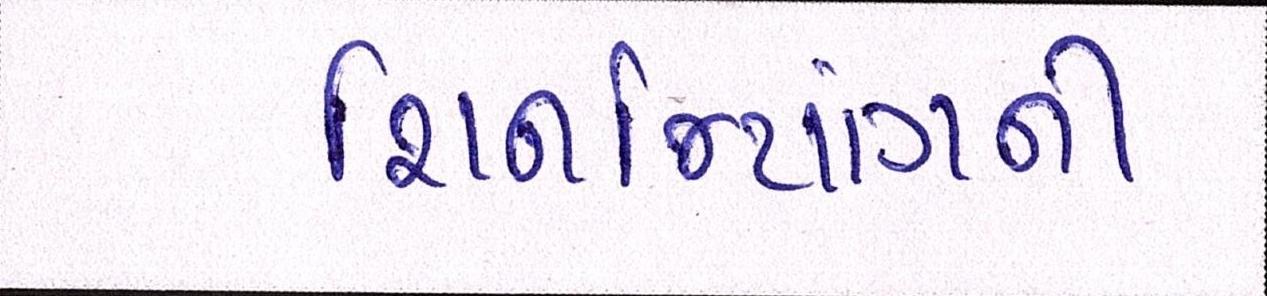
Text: શિનજિયાંગની